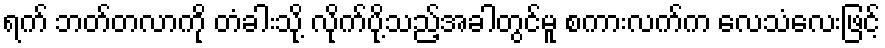
ရက် ဘတ်တလာကို တံခါးသို့ လိုက်ပို့သည့်အခါတွင်မူ စကားလက်က လေသံလေးဖြင့်